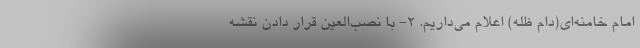
امام خامنه‌ای(دام ظله) اعلام می‌داریم. ۲- با نصب‌العین قرار دادن نقشه